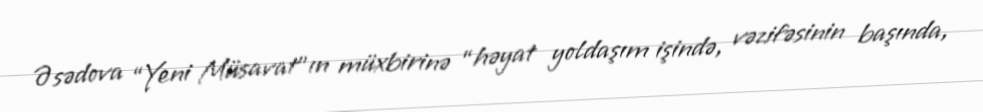
Əsədova “Yeni Müsavat”ın müxbirinə “həyat yoldaşım işində, vəzifəsinin başında,